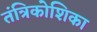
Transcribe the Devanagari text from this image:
तंत्रिकोशिका